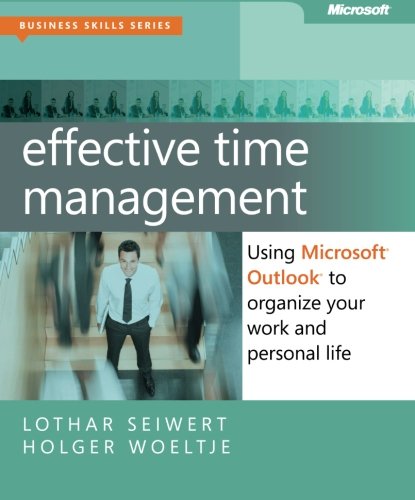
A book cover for Effective Time Management: Using Microsoft Outlook to Organize Your Work and Personal Life (Business Skills); Holger Woeltje; Computers & Technology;